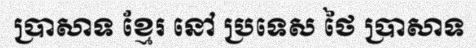
ប្រាសាទ ខ្មែរ នៅ ប្រទេស ថៃ ប្រាសាទ